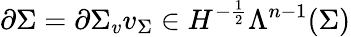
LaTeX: \partial\Sigma=\partial\Sigma_{v}v_{\Sigma}\in H^{-\frac{1}{2}}\Lambda^{n-1}(\Sigma)